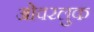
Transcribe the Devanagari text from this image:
ओवरलुक